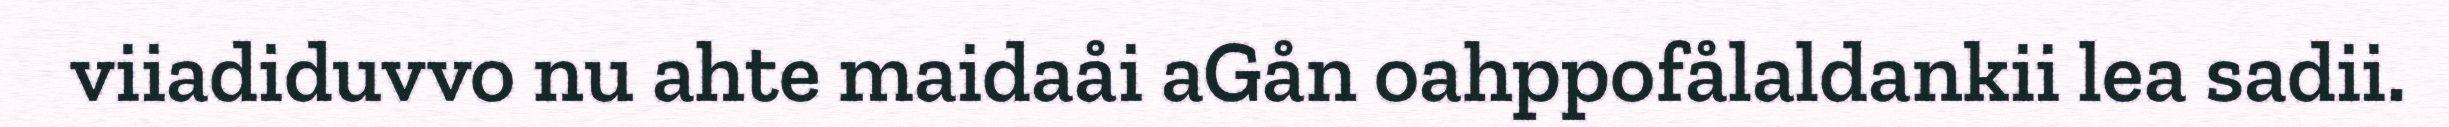
viiadiduvvo nu ahte maidaåi aGån oahppofålaldankii lea sadii.